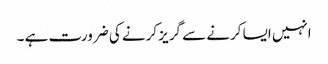
انہیں ایسا کرنے سے گریز کرنے کی ضرورت ہے ۔